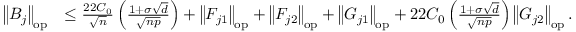
\begin{array} { r l } { \left\| { B _ { j } } \right\| _ { \mathrm { o p } } } & { \leq \frac { 2 2 C _ { 0 } } { \sqrt { n } } \left( \frac { 1 + \sigma \sqrt { d } } { \sqrt { n p } } \right) + \left\| { F _ { j 1 } } \right\| _ { \mathrm { o p } } + \left\| { F _ { j 2 } } \right\| _ { \mathrm { o p } } + \left\| { G _ { j 1 } } \right\| _ { \mathrm { o p } } + 2 2 C _ { 0 } \left( \frac { 1 + \sigma \sqrt { d } } { \sqrt { n p } } \right) \left\| { G _ { j 2 } } \right\| _ { \mathrm { o p } } . } \end{array}